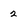
Character: 2